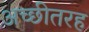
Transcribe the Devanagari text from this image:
अच्छीतरह